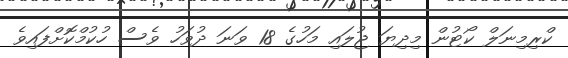
ކްރިމިނަލް ކޯޓުން މިދިޔަ ޖުލައި މަހުގެ 18 ވަނަ ދުވަހު ވެސް ހުކުމްކޮށްފައިވެ